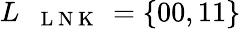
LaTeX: L_{\mathrm{~\texttt~{~L~N~K~}~}}=\{ 00,11\}